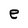
Character: e